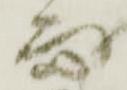
而